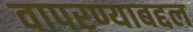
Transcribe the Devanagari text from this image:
वापरण्याबद्दल